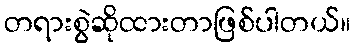
တရားစွဲဆိုထားတာဖြစ်ပါတယ်။